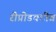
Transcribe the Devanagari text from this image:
रीप्रोडक्टीव